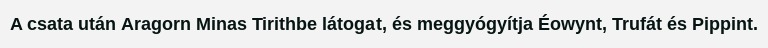
A csata után Aragorn Minas Tirithbe látogat, és meggyógyítja Éowynt, Trufát és Pippint.